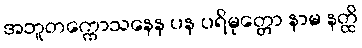
အဘူတက္ကောသနေန ပန ပရိမုတ္တော နာမ နတ္ထိ